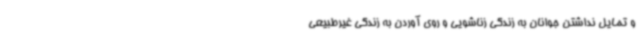
و تمایل نداشتن جوانان به زندگی زناشویی و روی آوردن به زندگی غیرطبیعی